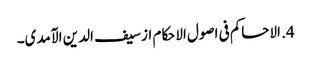
4. الاحاکم فی اصول الاحکام از سیف الدین الآمدی۔